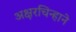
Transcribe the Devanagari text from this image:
अक्षरचिन्हाने